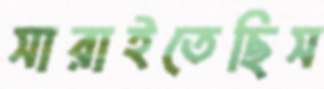
সারাইতেছিস